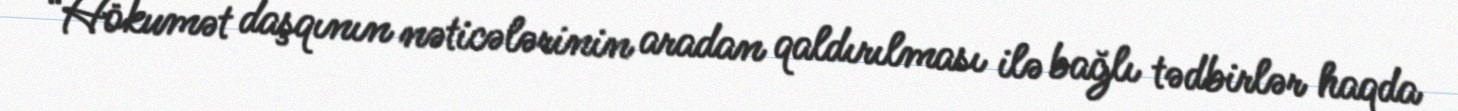
“Hökumət daşqının nəticələrinin aradan qaldırılması ilə bağlı tədbirlər haqda